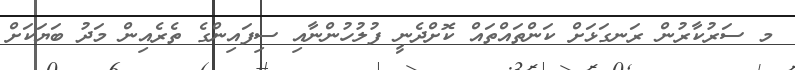
މ ސަރުކާރުން ރަނގަޅަށް ކަންތައްތައް ކޮށްދެނީ ފުލުހުންނާއި ސިފައިންގެ ތެރެއިން މަދު ބަޔަކަށް